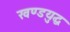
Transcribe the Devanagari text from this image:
खण्डयुद्ध